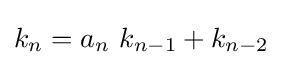
k_{n}=a_{n}\ k_{n-1}+k_{n-2}\